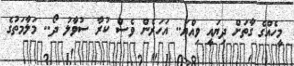
މީހެއްގެ ގާތަށް ދިޔައީ ވިއްޔަ.. އަހަރެން ވެސް ކުރާ ސުވާލު ދޯ.. މަލާމަތުގެ